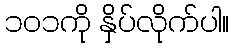
၁၀၁ကို နှိပ်လိုက်ပါ။